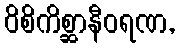
ဝိစိကိစ္ဆာနီဝရဏ,